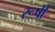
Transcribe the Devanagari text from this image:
रूषी